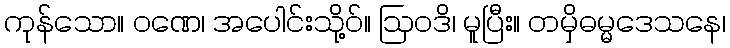
ကုန်သော။ ဝဏေ၊ အပေါင်းသို့ဝ်။ ဩဝဒိ၊ မူပြီး။ တမှိဓမ္မဒေသနေ၊